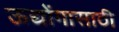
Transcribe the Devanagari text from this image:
ऊद्योंगासाठी